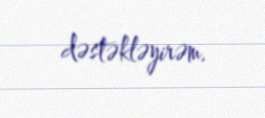
dəstəkləyirəm.